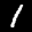
Label: 1